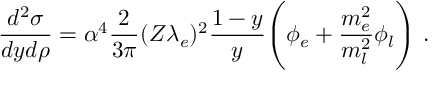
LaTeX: { \frac { d ^ { 2 } \sigma } { d y d \rho } } = \alpha ^ { 4 } { \frac { 2 } { 3 \pi } } ( Z \lambda _ { e } ) ^ { 2 } { \frac { 1 - y } { y } } \Biggl ( \phi _ { e } + { \frac { m _ { e } ^ { 2 } } { m _ { l } ^ { 2 } } } \phi _ { l } \Biggr ) \ .